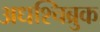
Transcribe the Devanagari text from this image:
अधश्चिब्रुक